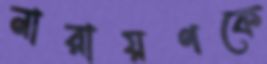
নারায়ণকে